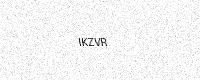
Text: IKZVR